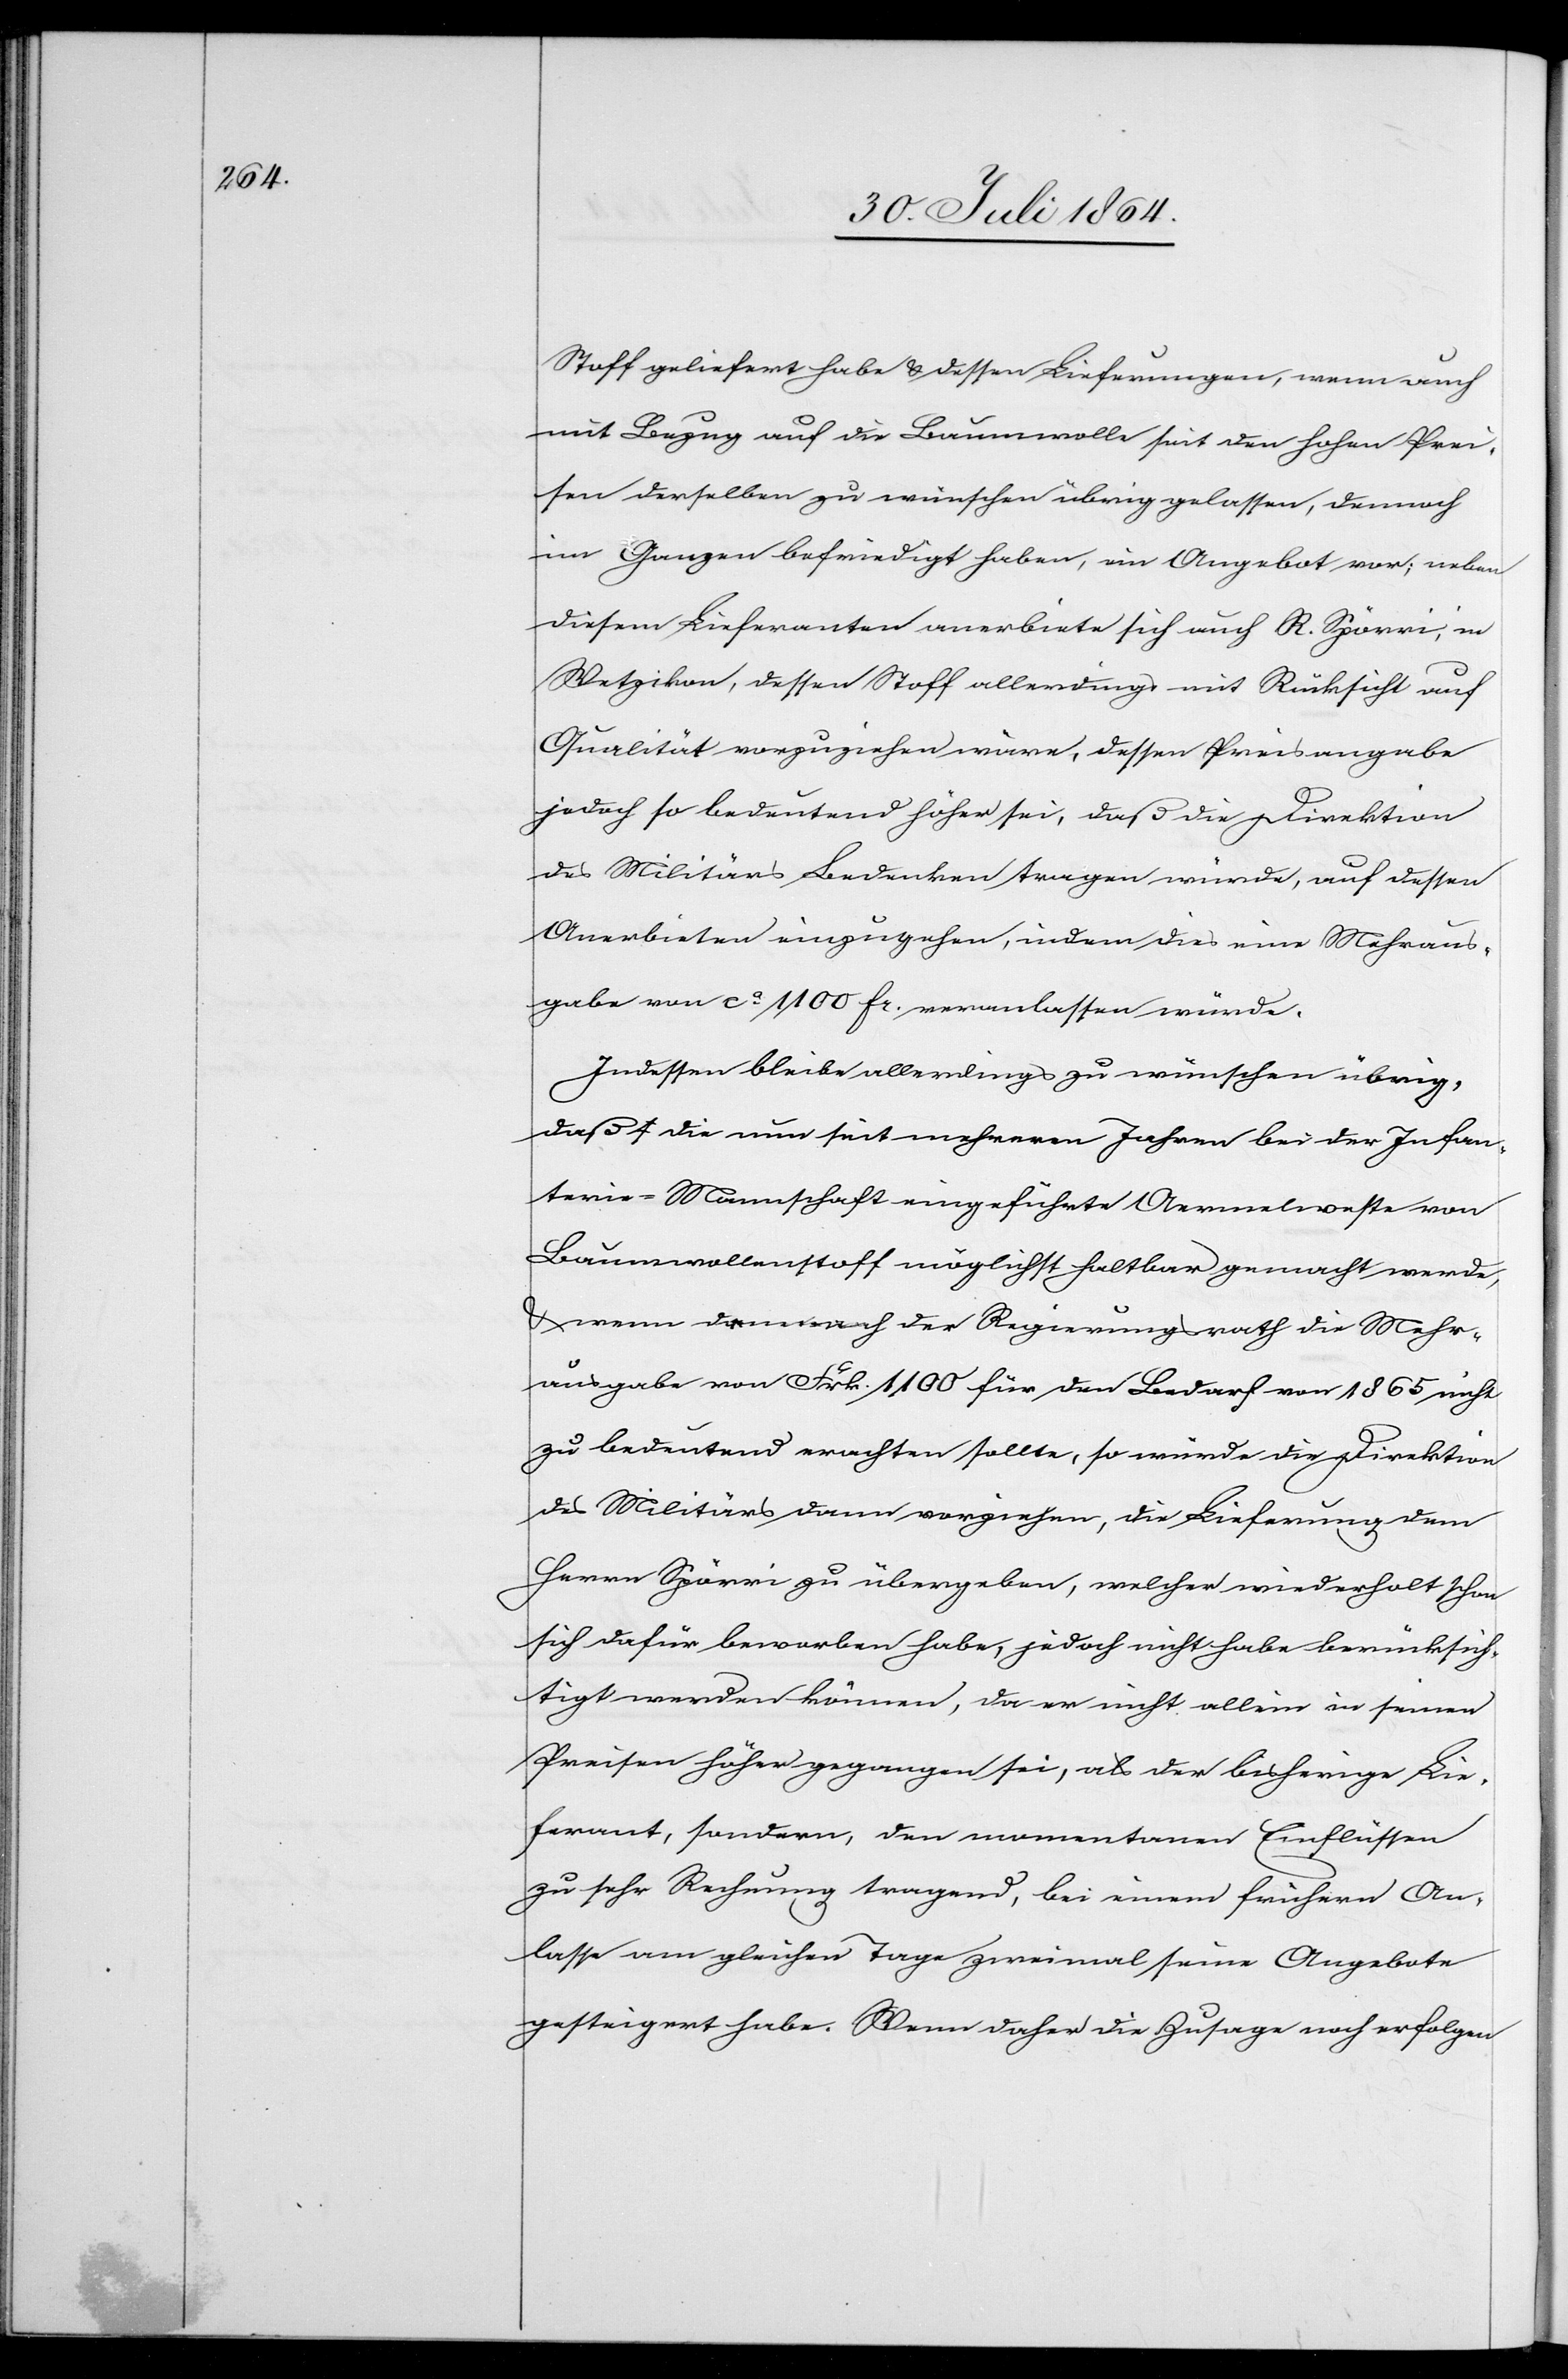
Stoff geliefert habe & dessen Lieferungen, wenn auch
mit Bezug auf die Baumwolle seit den hohen Prei¬
sen derselben zu wünschen übrig gelassen, dennoch
im Ganzen befriedigt haben, ein Angebot vor; neben
diesem Lieferanten anerbiete sich auch R. Spörri, in
Wetzikon, dessen Stoff allerdings mit Rücksicht auf
Qualität vorzuziehen wäre, dessen Preisangabe
jedoch so bedeutend höher sei, daß die Direktion
des Militärs Bedenken tragen würde, auf dessen
Anerbieten einzugehen, indem dies eine Mehraus¬
gabe von ca. 1100 Fr. veranlassen würde.
Indessen bleibe allerdings zu wünschen übrig,
daß die nun seit mehreren Jahren bei der Infan¬
terie-Mannschaft eingeführte Aermelweste von
Baumwollstoff möglichst haltbar gemacht werde,
& wenn demnach der Regierungsrath die Mehr¬
ausgabe von Frk. 1100 für den Bedarf von 1865 nicht
zu bedeutend erachten sollte, so würde die Direktion
des Militärs dann vorziehen, die Lieferung dem
Herrn Spörri zu übergeben, welcher wiederholt schon
sich dafür beworben habe, jedoch nicht habe berücksich¬
tigt werden können, da er nicht allein in seinen
Preisen höher gegangen sei, als der bisherige Lie¬
ferant, sondern, den momentanen Einflüssen
zu sehr Rechnung tragend, bei einem frühern An¬
lasse am gleichen Tage zweimal sein Angebote
gesteigert habe. Wenn daher die Zusage noch erfolgen